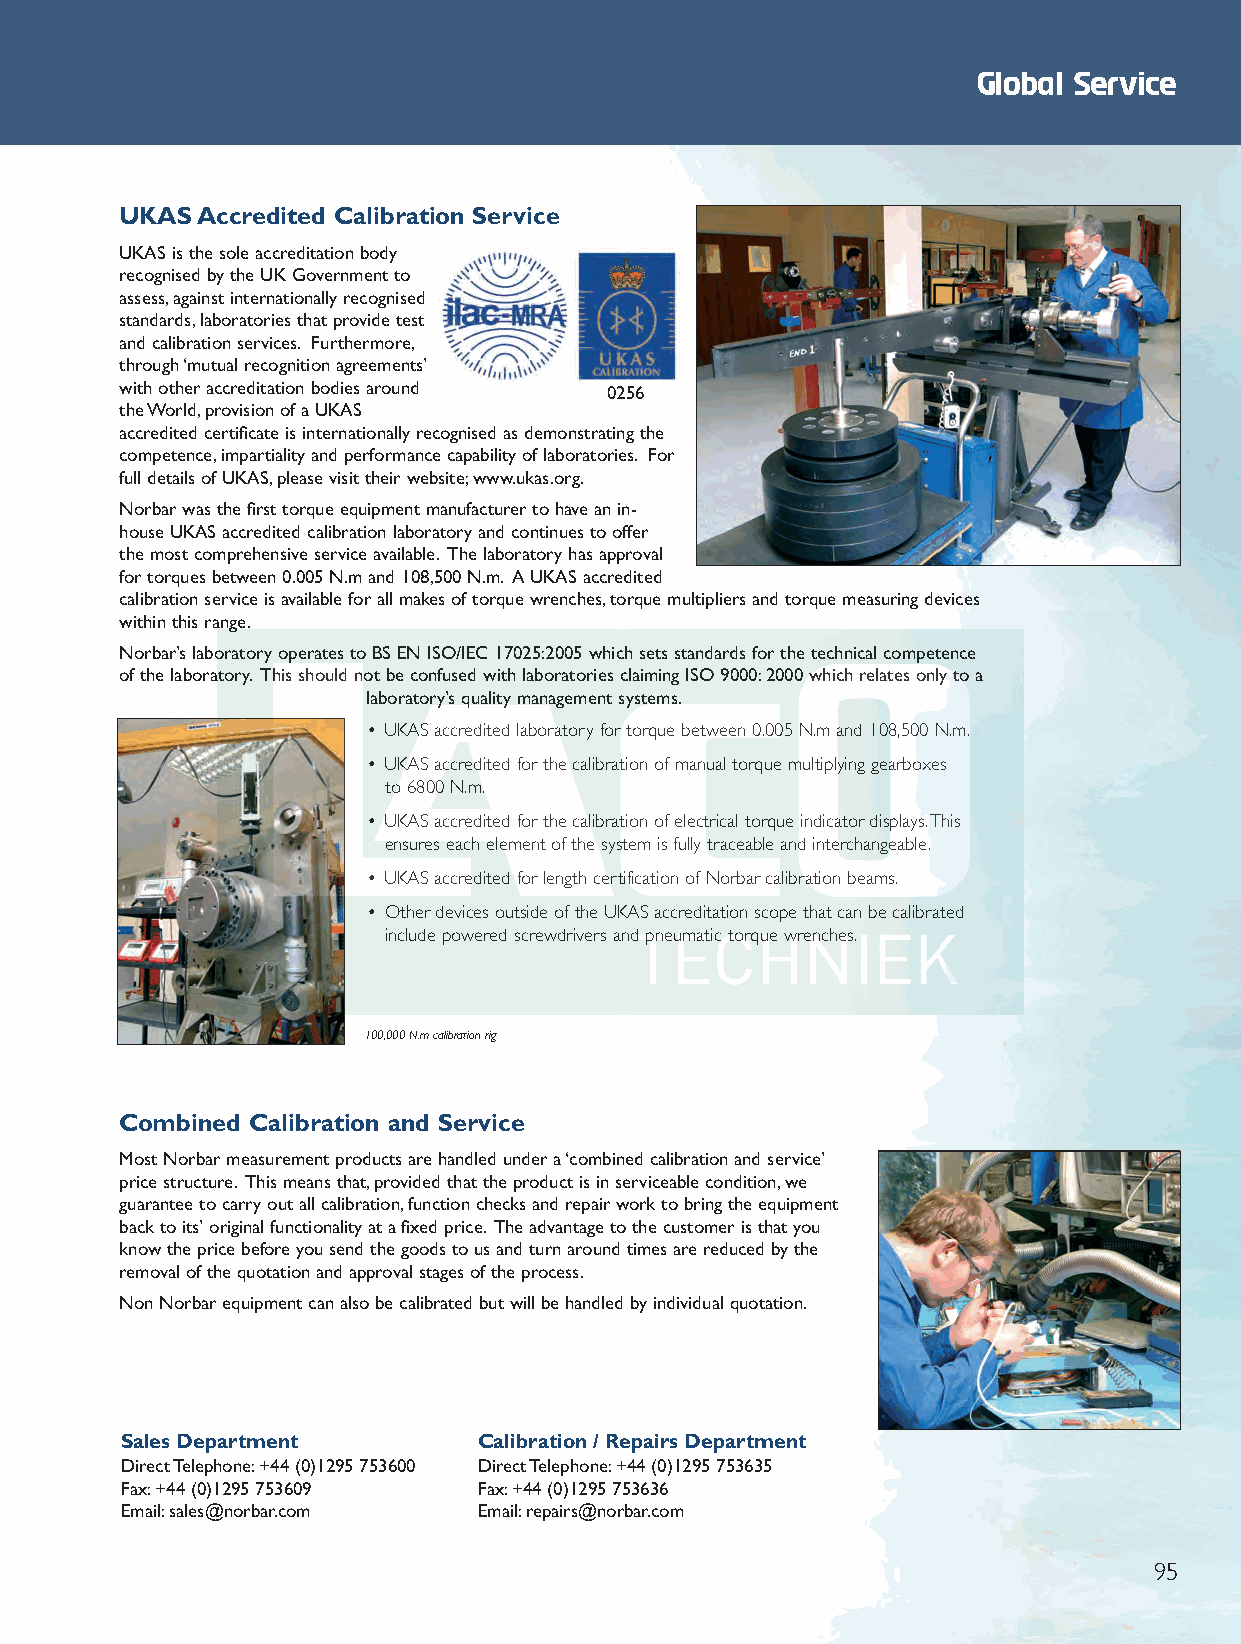
CompInfo 2012 Q6.qxd 30/10/12 9:46 am Page 63
 Global Service
 UKAS Accredited Calibration Service
 UKAS is the sole accreditation body
 recognised by the UK Government to
 assess,against internationally recognised
 standards,laboratories that provide test
 and calibration services. Furthermore,
 through ‘mutual recognition agreements’
 with other accreditation bodies around 0256
 the World,provision of a UKAS
 accredited certificate is internationally recognised as demonstrating the
 competence,impartiality and performance capability of laboratories. For
 full details of UKAS,please visit their website;www.ukas.org.
 Norbar was the first torque equipment manufacturer to have an in-
 house UKAS accredited calibration laboratory and continues to offer
 the most comprehensive service available. The laboratory has approval
 for torques between 0.005 N.m and 108,500 N.m. A UKAS accredited
 calibration service is available for all makes of torque wrenches,torque multipliers and torque measuring devices
 within this range.
 Norbar’s laboratory operates to BS EN ISO/IEC 17025:2005 which sets standards for the technical competence
 of the laboratory. This should not be confused with laboratories claiming ISO 9000:2000 which relates only to a
 laboratory’s quality management systems.
 • UKAS accredited laboratory for torque between 0.005 N.m and 108,500 N.m.
 • UKAS accredited for the calibration of manual torque multiplying gearboxes
 to 6800 N.m.
 • UKAS accredited for the calibration of electrical torque indicator displays.This
 ensures each element of the system is fully traceable and interchangeable.
 • UKAS accredited for length certification of Norbar calibration beams.
 • Other devices outside of the UKAS accreditation scope that can be calibrated
 include powered screwdrivers and pneumatic torque wrenches.
 100,000 N.m calibration rig
 Combined Calibration and Service
 Most Norbar measurement products are handled under a ‘combined calibration and service’
 price structure. This means that,provided that the product is in serviceable condition,we
 guarantee to carry out all calibration,function checks and repair work to bring the equipment
 back to its’ original functionality at a fixed price. The advantage to the customer is that you
 know the price before you send the goods to us and turn around times are reduced by the
 removal of the quotation and approval stages of the process.
 Non Norbar equipment can also be calibrated but will be handled by individual quotation.
 Sales Department        Calibration / Repairs Department
 Direct Telephone:+44 (0)1295 753600 Direct Telephone:+44 (0)1295 753635
 Fax:+44 (0)1295 753609  Fax:+44 (0)1295 753636
 Email:sales@norbar.com  Email:repairs@norbar.com
 95